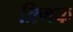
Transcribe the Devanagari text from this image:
क्र्मिक